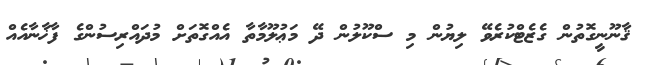
ޤާނޫނީގޮތުން ގެޒެޓްކުރެވޭ ލިޔުން މި ސްކޫލުން ދޭ މަޢުލޫމާތާ އެއްގޮތަށް މުދައްރިސުންގެ ފާޚާނާއެއް